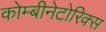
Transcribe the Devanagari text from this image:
कोम्बीनेटोरिक्स